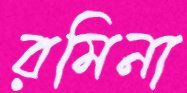
রমিনা